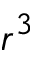
r ^ { 3 }